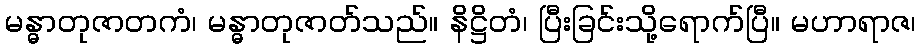
မန္ဓာတုဇာတကံ၊ မန္ဓာတုဇာတ်သည်။ နိဋ္ဌိတံ၊ ပြီးခြင်းသို့ရောက်ပြီ။ မဟာရာဇ၊